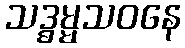
သဒ္ဓမ္မသဝနေ